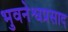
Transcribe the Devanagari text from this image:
भुवनेश्वप्रसाद